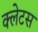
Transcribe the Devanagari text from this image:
क्लेटस